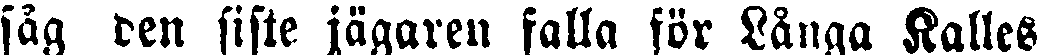
såg den siste jägaren falla för Långa Kalles